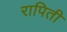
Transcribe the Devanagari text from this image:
रापिती